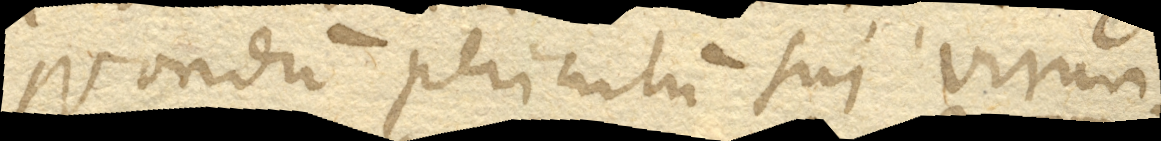
Nondum periculum sui virun–